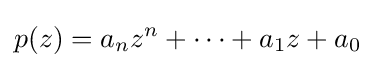
p(z)=a_{n}z^{n}+\cdots +a_{1}z+a_{0}